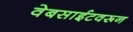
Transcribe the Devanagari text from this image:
वेबसाईटवरून